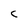
Character: c